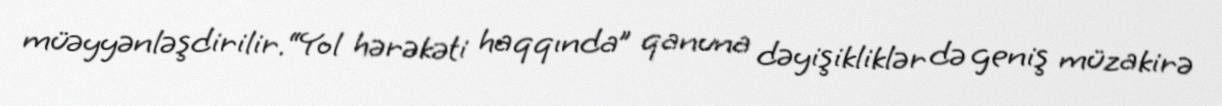
müəyyənləşdirilir.“Yol hərəkəti haqqında” qanuna dəyişikliklər də geniş müzakirə